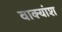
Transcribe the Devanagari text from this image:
वाक्‍यांश